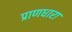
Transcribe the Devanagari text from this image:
प्राणधारा